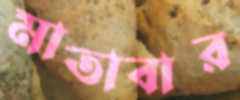
মাতাবার